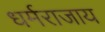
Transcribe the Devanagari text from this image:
धर्मराजाय